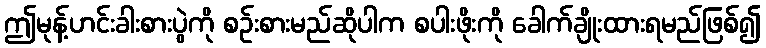
ဤမုန့်ဟင်းခါးစားပွဲကို စဉ်းစားမည်ဆိုပါက စပါးဖိုးကို ခေါက်ချိုးထားရမည်ဖြစ်၍